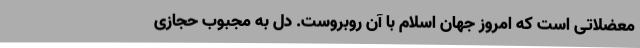
معضلاتی است که امروز جهان اسلام با آن روبروست. دل به مجبوب حجازی